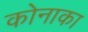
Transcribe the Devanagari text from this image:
कोनाका